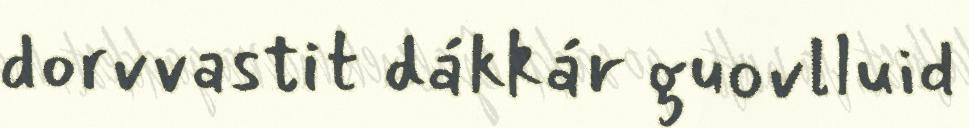
dorvvastit dákkár guovlluid